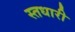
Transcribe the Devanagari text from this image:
स्तधारी